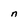
Character: n